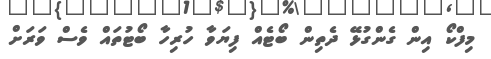
މިފްކޯ އިން ގެންގުޅޭ ދެތިން ބޯޓެއް ފިޔަވާ ހުރިހާ ބޯޓުތައް ވެސް ވަަރަށް